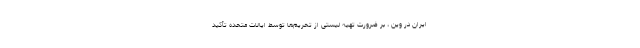
ایران در وین ، بر ضرورت تهیه لیستی از تحریم‌ها توسط ایالات متحده تأکید